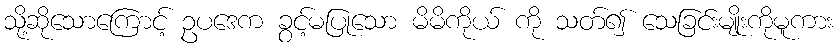
သို့ဆိုသောကြောင့် ဥပဒေက ခွင့်မပြုသော မိမိကိုယ် ကို သတ်၍ သေခြင်းမျိုးကိုမူကား